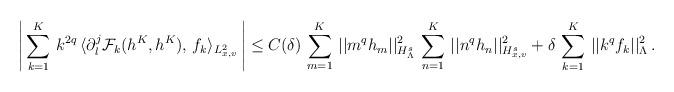
LaTeX: \begin{align*} \left|\,\sum_{k=1}^K\, k^{2q}\, \langle\partial_l^j \mathcal F_{k}(h^K, h^K), \, f_{k}\rangle_{L^2_{x,v}}\, \right|\leq C(\delta)\, \sum_{m=1}^K\, ||m^q h_m||_{H_{\Lambda}^s}^2 \, \sum_{n=1}^K\, ||n^q h_n||_{H_{x,v}^s}^2 + \delta\,\sum_{k=1}^K\, ||k^q f_k||_{\Lambda}^2\,. \end{align*}